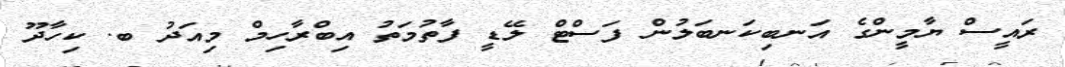
ރައީސް ޔާމީންގެ އަނބިކަނބަލުން ފަސްޓް ލޭޑީ ފާތުމަތު އިބްރާހިމް މިއަދު ބ. ކިހާދޫ